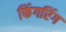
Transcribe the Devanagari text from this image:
फिंगरिंग